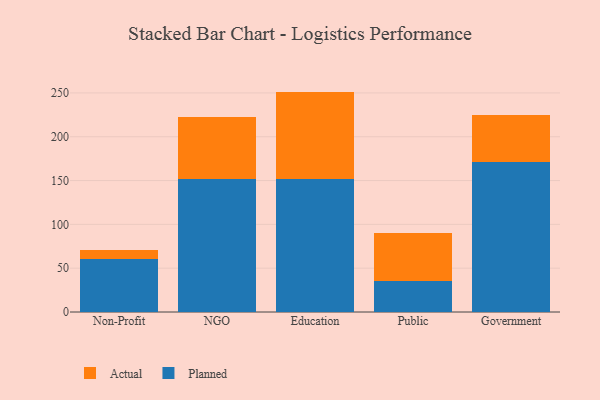
{"axis": {"x": "Segment", "y": "Demand Index"}, "legend": ["Actual", "Planned"], "data": [{"x": "Non-Profit", "y": 60.9, "type": "Planned"}, {"x": "Non-Profit", "y": 10.0, "type": "Actual"}, {"x": "NGO", "y": 151.4, "type": "Planned"}, {"x": "NGO", "y": 71.4, "type": "Actual"}, {"x": "Education", "y": 151.5, "type": "Planned"}, {"x": "Education", "y": 100.0, "type": "Actual"}, {"x": "Public", "y": 35.7, "type": "Planned"}, {"x": "Public", "y": 53.9, "type": "Actual"}, {"x": "Government", "y": 171.2, "type": "Planned"}, {"x": "Government", "y": 53.9, "type": "Actual"}]}